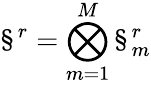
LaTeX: \S^{r}=\bigotimes_{m=1}^{M}\S_{m}^{r}